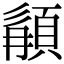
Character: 䫇